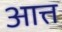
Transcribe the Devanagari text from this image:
आत्त